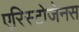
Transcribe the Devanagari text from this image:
एरिस्टोजेनस